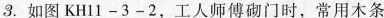
3.如图KH11-3-2，工人师傅砌门时，常用木条